Lunatic asylums in Bengal annual reports 1899-1911 - 1899-1911
Year: 1899
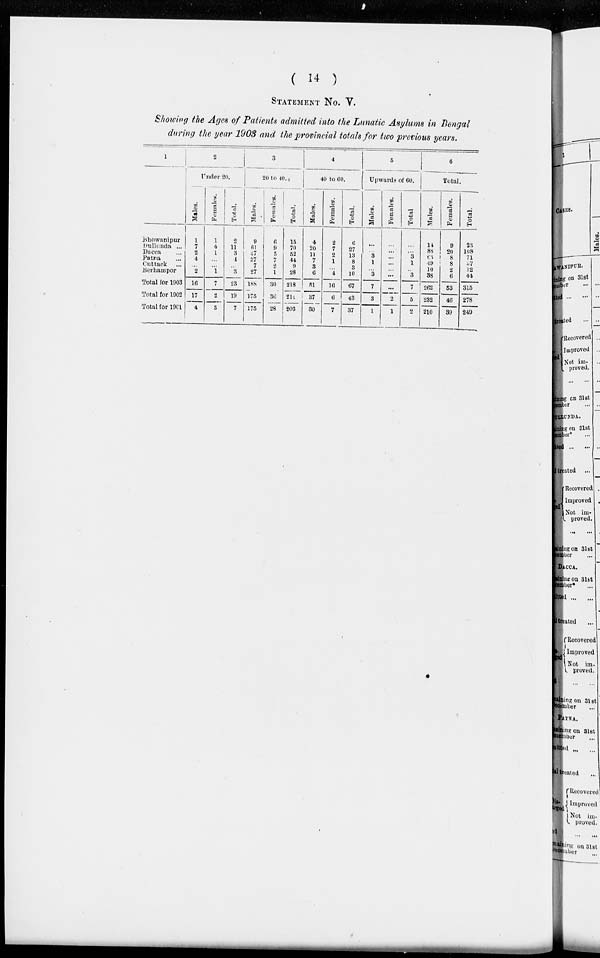
( 14 )
STATEMENT No. V.
Showing the Ages of Patients admitted into the Lunatic Asylums in Bengal
during the year 1903 and the provincial totals for two previous years.
1
Bhawanipur
Dullunda
...
Dacca ...
Patna ...
Cuttack ...
Berhampore
Total for 1903
Total for 1902
Total for 1901
2
Under 20.
Males.
1
7
2
4
...
2
16
17
4
Females.
1
4
1
...
...
1
7
2
3
Total.
2
11
3
4
...
3
23
19
7
3
20 to 40.
Males.
9
61
47
37
7
27
188
175
175
Females.
6
9
5
7
2
1
30
36
28
Total.
15
70
52
44
9
28
218
211
203
4
40 to 60.
Males.
4
20
11
7
3
6
51
37
30
Females.
2
7
2
1
...
4
16
6
7
Total.
6
27
13
8
3
10
67
43
37
5
Upwardss of 60.
Males.
...
...
3
1
...
3
7
3
1
Females.
...
...
...
...
...
...
...
2
1
Total.
...
...
3
1
...
3
7
5
2
6
Total.
Males.
14
88
63
49
10
38
262
232
210
Females.
9
20
8
8
2
6
53
46
39
Total.
23
108
71
57
12
44
315
278
249